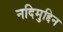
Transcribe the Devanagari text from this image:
नदिमुद्दिन